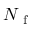
N _ { \mathrm { ~ f ~ } }